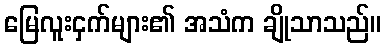
မြေလူးငှက်များ၏ အသံက ချိုသာသည်။